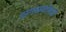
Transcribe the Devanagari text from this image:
सगळ्यांकडे